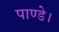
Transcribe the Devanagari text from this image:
पाण्डे।